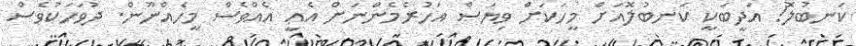
ކަނބުލޮ! އަދީބަކީ ކަނބުލޮއަށް މީހަކަށް ވިޔަސް އަހުރެމެންނަށް އެޢީ އެއްވެސް މީހެއްނޫން. ދުވަހަކުވެސް